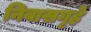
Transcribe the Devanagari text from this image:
निवासगृहे